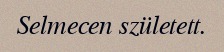
Selmecen született.